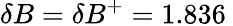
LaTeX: \delta B=\delta B^{+}=1.836\